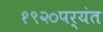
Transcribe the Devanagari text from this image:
१९२०पर्यंत